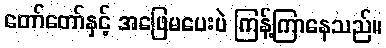
တော်တော်နှင့် အဖြေမပေးပဲ ကြန့်ကြာနေသည်။